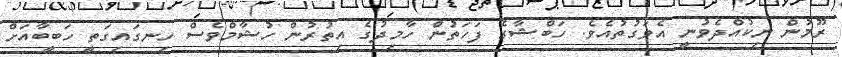
ރޫމުން ނިކުއްދެވުނީ އެވަގުތުއެވެ. ހަބްޝާގެ ފަހަތުން ހާމިދުގެ އިތުރުން ހުޝާމްވެސް ހިނގައިގަތީ ހަބީބާއަށް